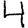
Digit: 4